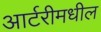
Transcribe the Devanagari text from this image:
आर्टरीमधील